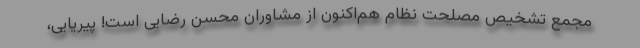
مجمع تشخیص مصلحت نظام هم‌اکنون از مشاوران محسن رضایی است! پیریایی،